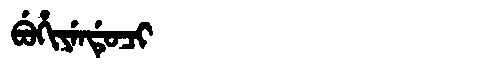
Manchu: ᠪᡠᡥᡳᠶᡝᠨᡩᡠᠴᡳ
Romanization: BUHIYENDUCI